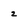
Character: 2